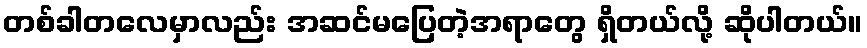
တစ်ခါတလေမှာလည်း အဆင်မပြေတဲ့အရာတွေ ရှိတယ်လို့ ဆိုပါတယ်။